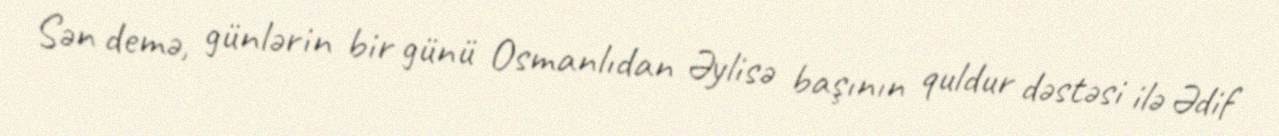
Sən demə, günlərin bir günü Osmanlıdan Əylisə başının quldur dəstəsi ilə Ədif